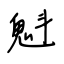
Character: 魁